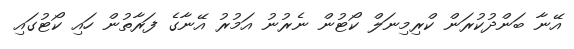
އޭނާ ބަންދުކުރަން ކްރިމިނަލް ކޯޓުން ނެރުނު އަމުރު އޭނާގެ ފަރާތުން ހައި ކޯޓުގައި